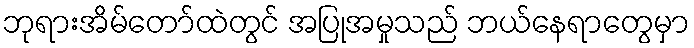
ဘုရားအိမ်တော်ထဲတွင် အပြုအမှုသည် ဘယ်နေရာတွေမှာ